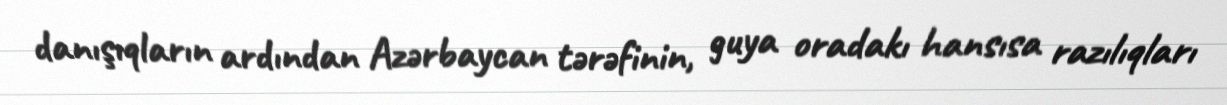
danışıqların ardından Azərbaycan tərəfinin, guya oradakı hansısa razılıqları